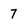
Character: 7